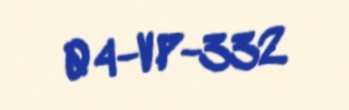
04-VP-332